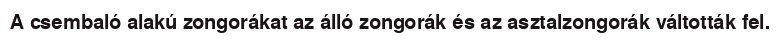
A csembaló alakú zongorákat az álló zongorák és az asztalzongorák váltották fel.